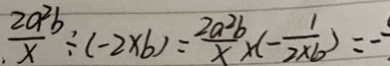
\frac { 2 a ^ { 2 } b } { x } \div ( - 2 x b ) = \frac { 2 a ^ { 2 } b } { x } \times ( - \frac { 1 } { 2 x 6 } ) = -